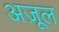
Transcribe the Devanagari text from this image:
अज़ूल